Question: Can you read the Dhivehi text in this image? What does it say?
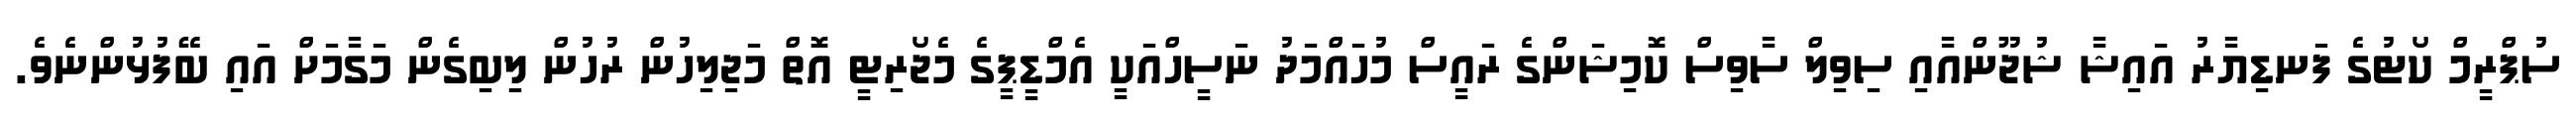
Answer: ސުޕްރީމް ކޯޓުގެ ފަނޑިޔާރު އައިޝާ ޝުޖޫންއާއި ސިވިލް ސާވިސް ކޮމިޝަންގެ ރައީސް މުހައްމަދު ނަސީހްއަކީ އެމްޑީޕީގެ މެޖޯރިޓީ އޮތް މަޖިލިހުން ރުހުން ލިބިގެން މަގާމަށް އައި ބޭފުޅުންނެވެ.